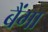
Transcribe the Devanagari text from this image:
बैंगा